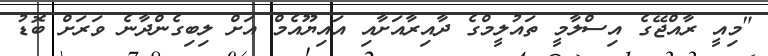
"މިއީ ރާއްޖޭގެ އިސްލާމީ ތައުލީމްގެ ދާއިރާއަށާއި އައިޔޫއެމް އަށް ލިބިގެންދާނެ ވަރަށް ބޮޑު